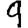
Digit: 9